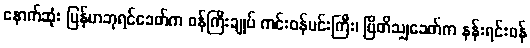
နောက်ဆုံး မြန်မာဘုရင်ခေတ်က ဝန်ကြီးချုပ် ကင်းဝန်မင်းကြီး၊ ဗြိတိသျှခေတ်က နန်းရင်းဝန်